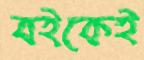
বইকেই